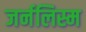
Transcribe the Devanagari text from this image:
जर्नलिस्म